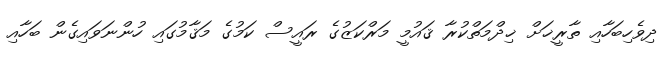
ދިވެހިބަހާއި ތާރީޚަށް ޚިދްމަތްކުރާ ޤައުމީ މަރްކަޒުގެ ރައީސް ކަމުގެ މަޤާމުގައި ހުންނަވައިގެން ބަހާއި